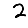
Digit: 2